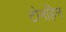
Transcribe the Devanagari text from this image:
टोनहिन